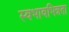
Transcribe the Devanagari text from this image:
स्वभावभिन्नता